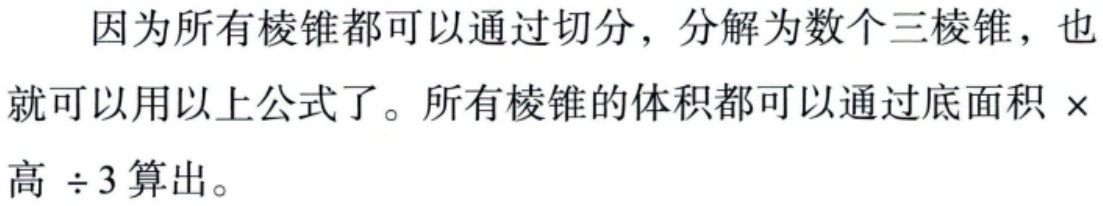
因为所有棱锥都可以通过切分，分解为数个三棱锥，也就可以用以上公式了。所有棱锥的体积都可以通过底面积$\times$高$\div 3$算出。